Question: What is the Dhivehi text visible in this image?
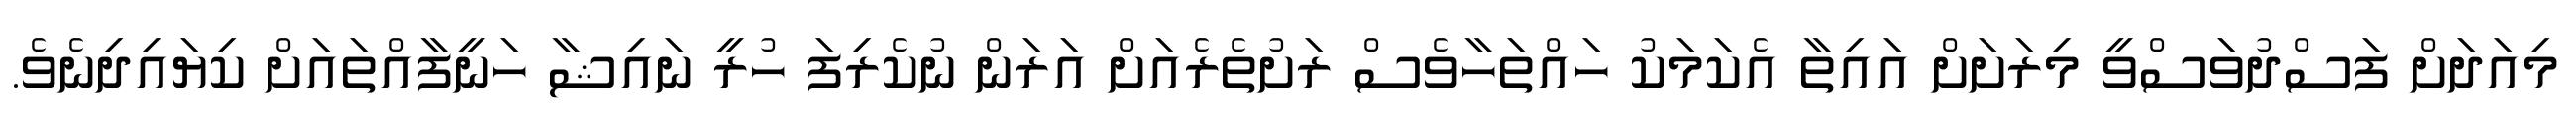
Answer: މިއަދަށް ފަސްދުވަސްވީ މިރަށަށް އައިތާ އެކަމަކު ހައްތަހާވެސް ރަށުތެރެއަށް އަރަން ނުކެރިފަ ހުރީ ނައިޝާ ހަނީފާއްތައަށް ކިޔައިދިނެވެ.